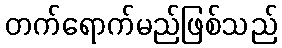
တက်ရောက်မည်ဖြစ်သည်